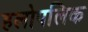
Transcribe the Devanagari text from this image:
हलोपलिक